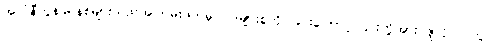
အလံနီကွန်မြူနစ်များသည်အကြမ်းဖက်မှု ဝါဒများစွဲကိုင်ခြင်းကြောင့် ၎င်းတို့အား ဇူလိုင်လတွင်